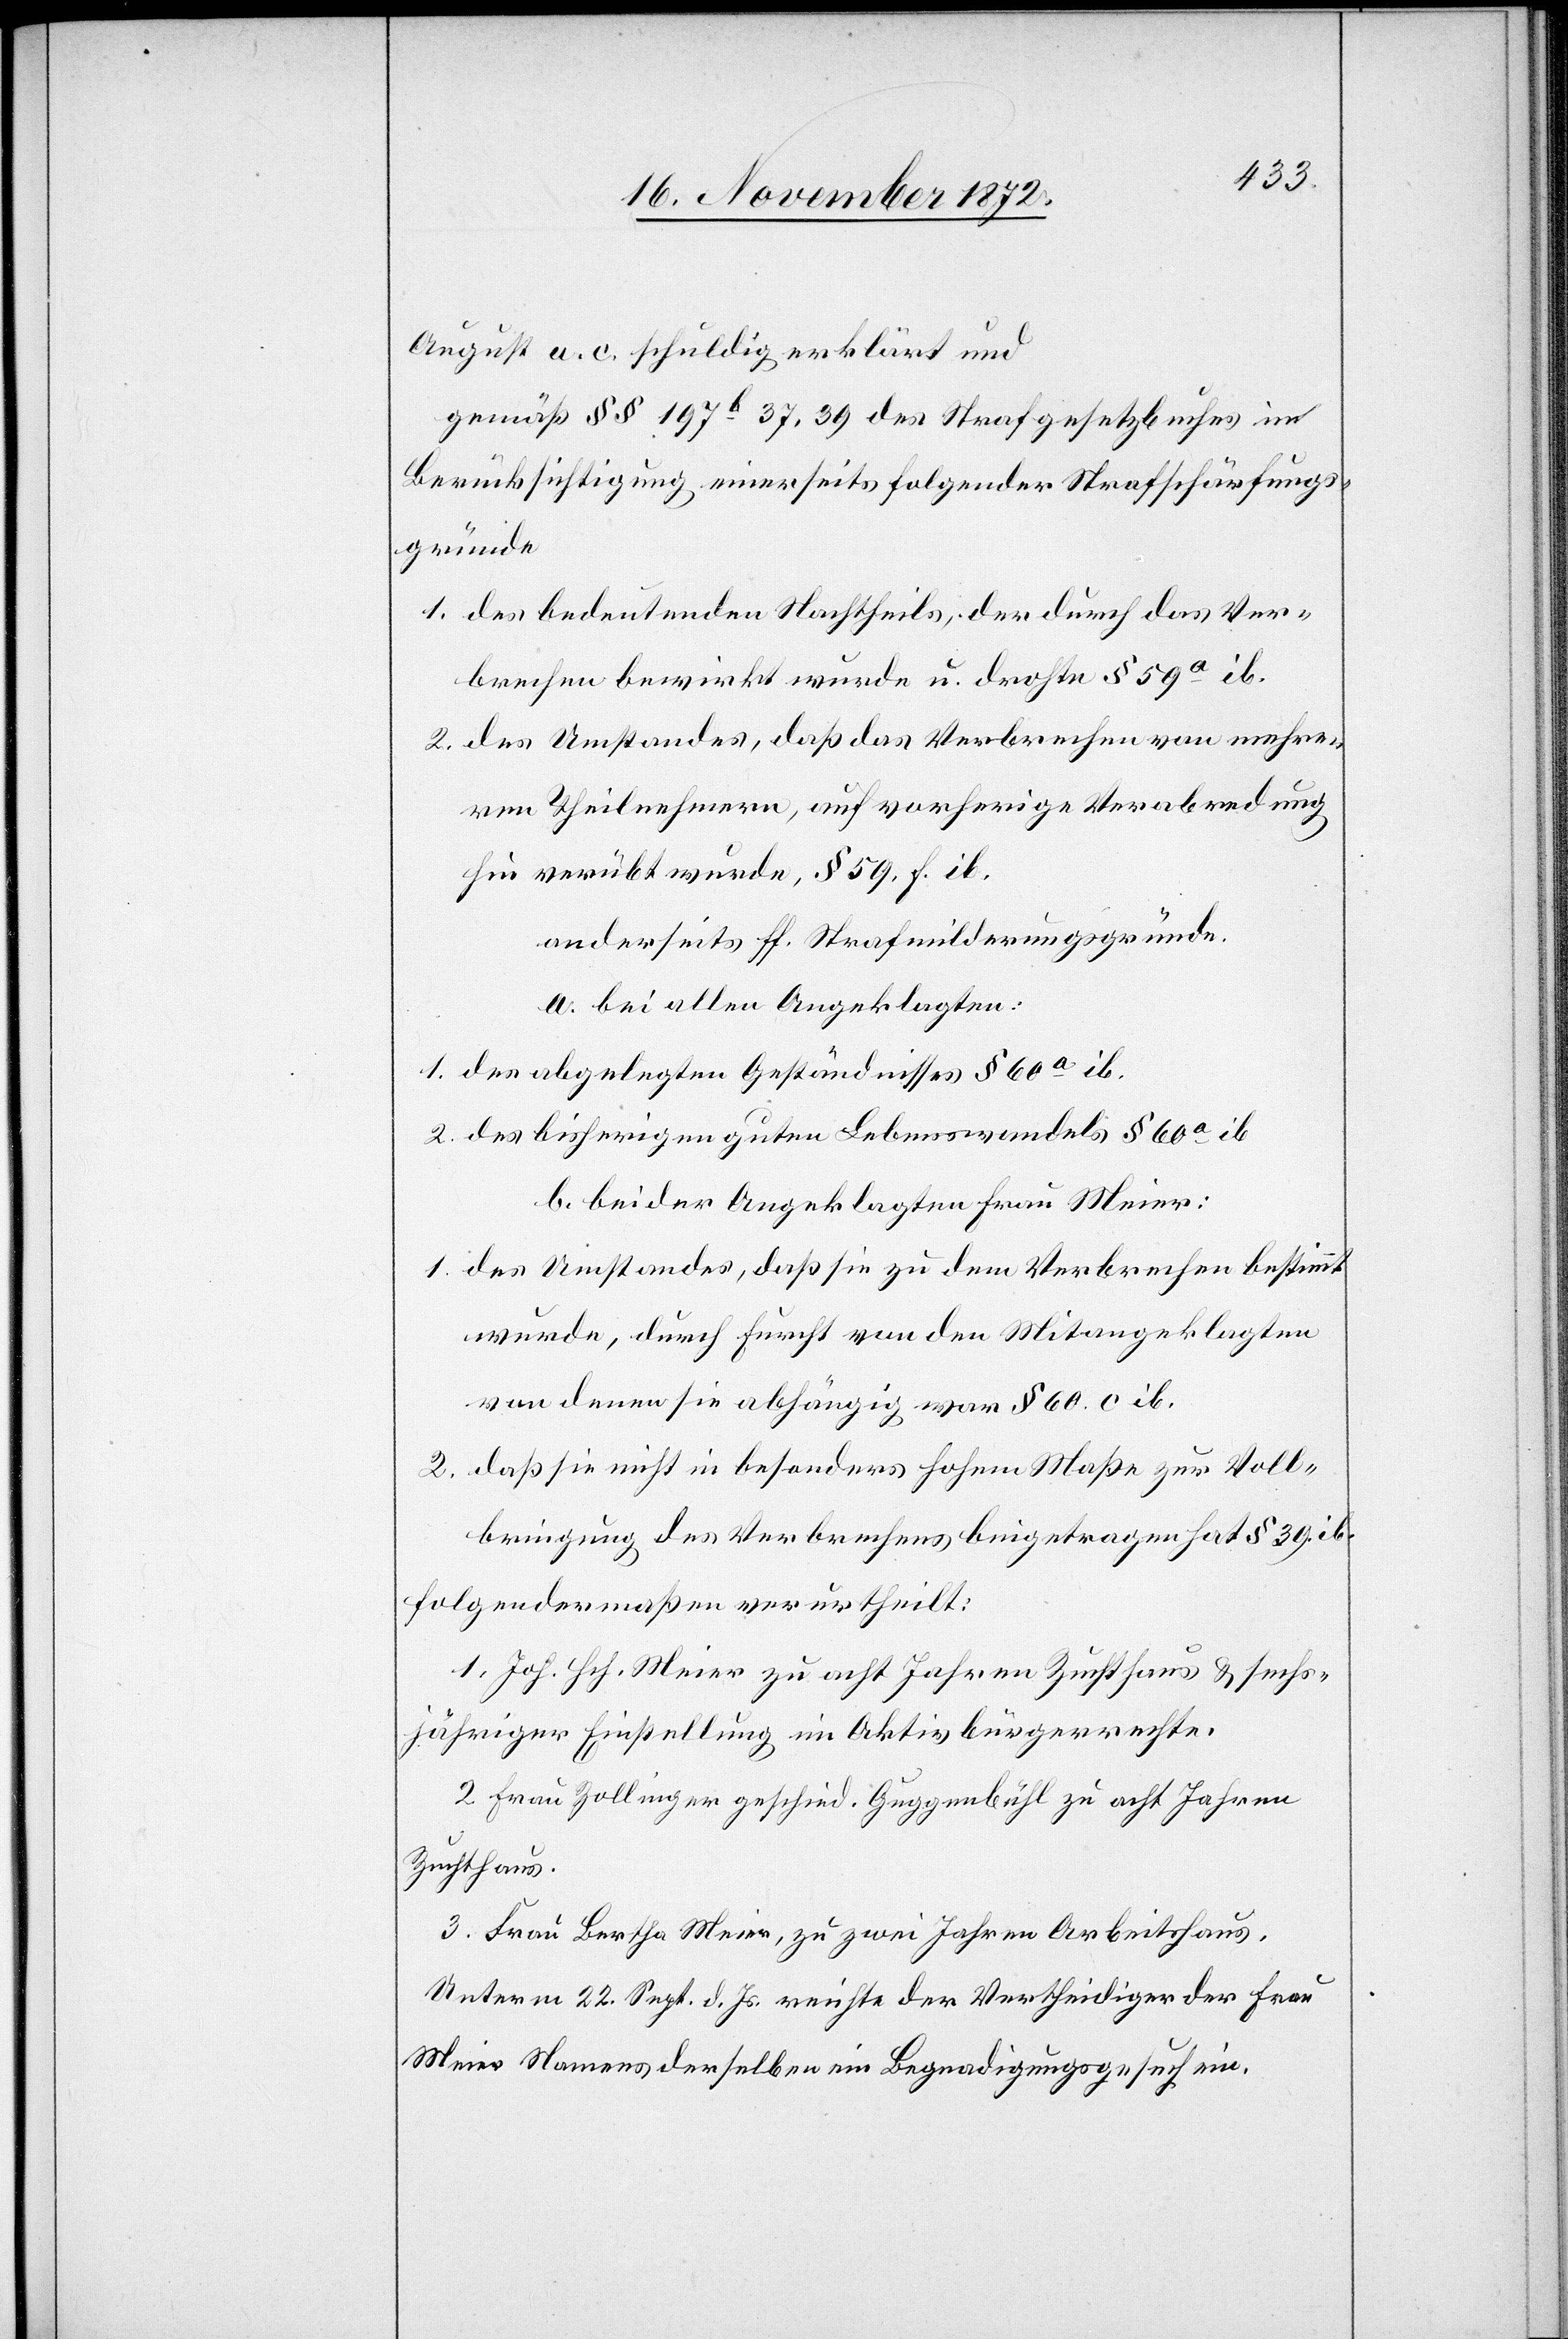
August a. c. schuldig erklärt und
gemäß §§ 197b 37, 39 des Strafgesetzbuches in
Berücksichtigung einerseits folgender Strafschärfungs¬
gründe
1. des bedeutenden Nachtheils, der durch das Ver¬
brechen bewirkt wurde u. drohte § 59a ib.
2. des Umstandes, daß das Verbrechen von mehre¬
ren Theilnehmern, auf vorherige Verabredung
hin verübt wurde, § 59, f. ib.
anderseits ff. Strafmilderungsgründe.
a. bei allen Angeklagten:
1. des abgelegten Geständnisses § 60a ib.
2. des bisherigen guten Lebenswandels § 60a ib
b. bei der Angeklagten Frau Meier:
1. des Umstandes, daß sie zu dem Verbrechen bestimmt
wurde, durch Furcht von den Mitangeklagten
von denen sie abhängig war § 60. c ib.
2. daß sie nicht in besonders hohem Maße zur Voll¬
bringung des Verbrechens beigetragen hat § 39. ib.
folgendermaßen verurtheilt:
1. Joh. Hch. Meier zu acht Jahren Zuchthaus u. sechs¬
jähriger Einstellung im Aktivbürgerrechte.
2. Frau Zollinger geschied. Guggenbühl zu acht Jahren
Zuchthaus.
3. Frau Bertha Meier, zu zwei Jahren Arbeitshaus.
Unterm 22. Sept. d. Js. reichte der Vertheidiger der Frau
Meier Namens derselben ein Begnadigungsgesuch ein.